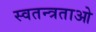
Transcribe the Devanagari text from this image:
स्वतन्त्रताओ